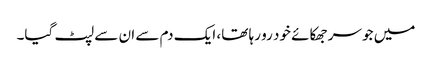
میں جو سر جھکائے خود رو رہا تھا، ایک دم سے ان سے لپٹ گیا۔